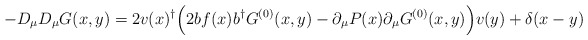
\begin{align*} -D_\mu D_\mu G(x,y)=2v(x)^\dagger \Bigl(2 b f(x) b^\dagger G^{(0)}(x,y) - \partial_\mu P(x) \partial_\mu G^{(0)}(x,y) \Bigr) v(y) + \delta(x-y)\end{align*}